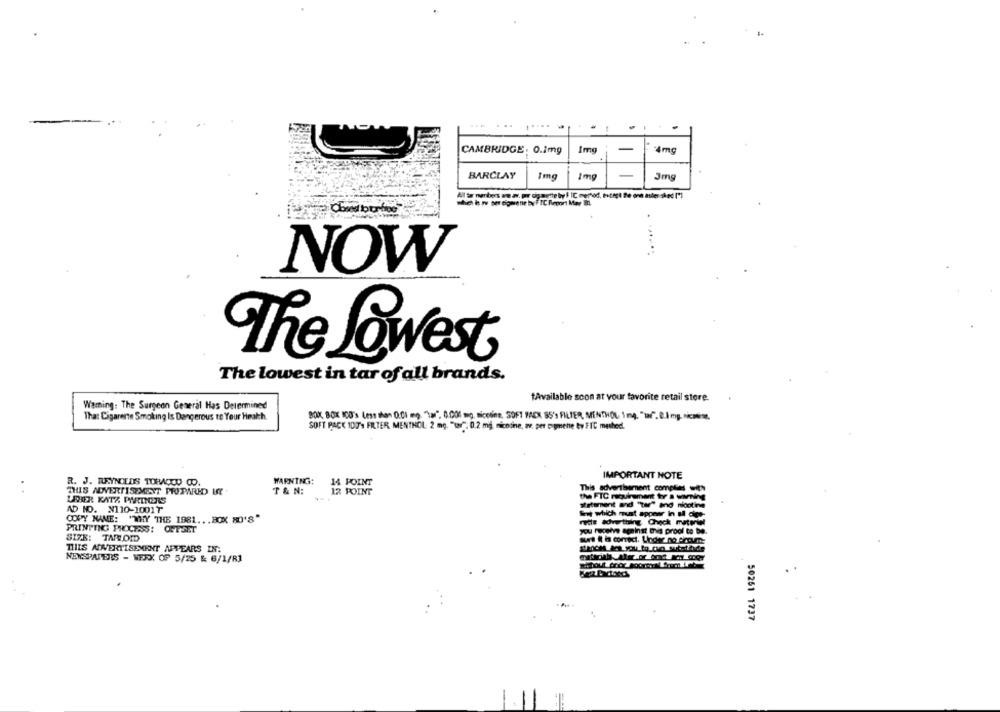
CAMBRIDGE. 0.1mg
4mg
BARCLAY
1mg
-
Jmg
which is wy ser sigaretie by FIC Report Mar in
NOW
The Lowest
The lowest in tar of all brands.
tAvailable soon at your favorite retail store.
Warning: The Surgeon General Has Determined
That Cigarette Smoking Is Dangerous to Your Health.
BOX, BOX 100's Less than 0.CI mo. "tar" 0.001 mg. nicotine, SOFT FACX 95's FILTER, MENTHOL 1 mg. "uf". 8.1 mg. simtime.
SOFT PACK 100's FRTER MENTHOL 2 mg. "tr", 0,2 mg, nicotine, we. per ogmene by FIC method.
IMPORTANT NOTE
R. J. REYNOLDS TORAGOD CO.
WARNING:
14 POINT
THIS ADVERTISEMENT PROPARID IT
T & N:
12 POINT
This advertisement comptes with
LEER KATZ PARTNERS
the FTC miovirement to a warning
statement and "tar" and nicotine
AD NO. X110-1001₸
COPY MANE: "WHY THE 1881 .. . BOX 80'S"
Sont which must appear in il dige-
reife advthing Check matriet
PRINTING PROCESS: OFFSET
you receive against this proof to be.
SIZE: TAR.ODD
THIS ADVERTISEMENT APPEARS IN:
NEWSPAPERS - WER OF 5/25 & 6/1/81
50251 1737